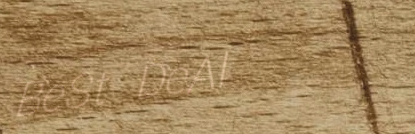
BeSt DeAl